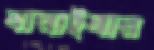
বানাইবার